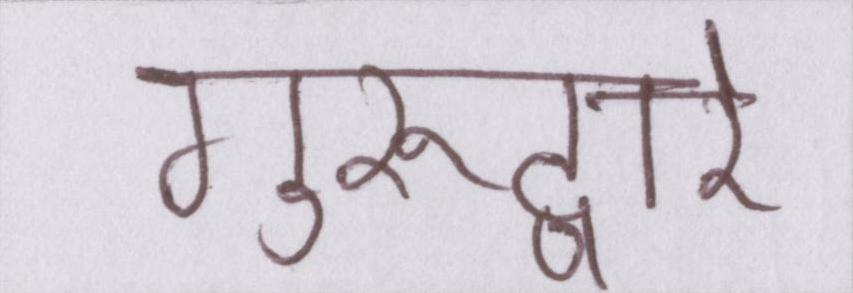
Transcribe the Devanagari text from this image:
गुरूद्वारे